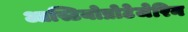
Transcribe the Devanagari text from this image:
आस्टियोप्रोटेजेरिन